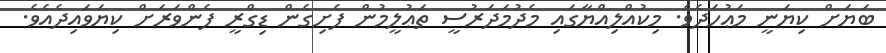
ބަޔަށް ކިޔަނީ މަޢުހަދެވެ. މިކުއްލިއްޔާގައި މެދުމަދަރުސީ ތަޢުލީމުން ފެށިގެން ޑިގްރީ ފެންވަރަށް ކިޔަވައިދެއެވެ.